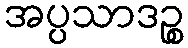
အပ္ပသာဒဉ္စ